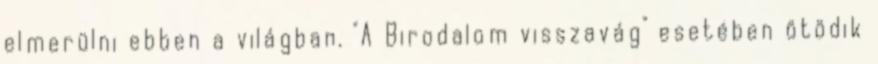
elmerülni ebben a világban. "A Birodalom visszavág" esetében ötödik